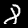
Digit: 8